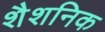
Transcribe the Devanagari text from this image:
शैशनिक